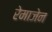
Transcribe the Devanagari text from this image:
रेमाजेन